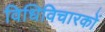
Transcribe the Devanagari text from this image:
विधिविचारकों